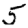
Digit: 5